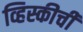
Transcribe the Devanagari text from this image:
व्हिस्कीची